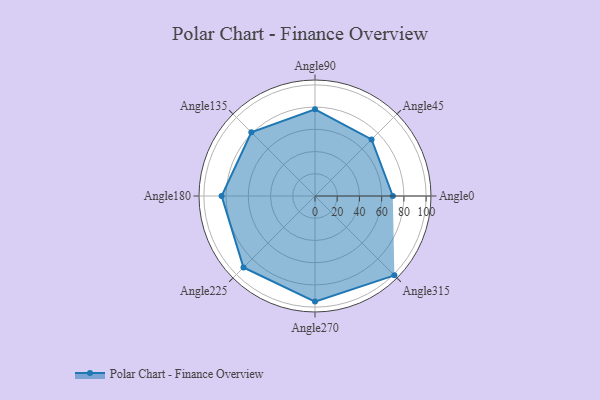
{"axis": {"x": "Angle", "y": "Radius"}, "legend": [""], "data": [{"x": "Angle0", "y": 70.0, "type": ""}, {"x": "Angle45", "y": 72.0, "type": ""}, {"x": "Angle90", "y": 78.0, "type": ""}, {"x": "Angle135", "y": 81.0, "type": ""}, {"x": "Angle180", "y": 84.0, "type": ""}, {"x": "Angle225", "y": 91.0, "type": ""}, {"x": "Angle270", "y": 95.0, "type": ""}, {"x": "Angle315", "y": 101.0, "type": ""}]}